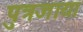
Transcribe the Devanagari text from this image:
पुत्रजाया